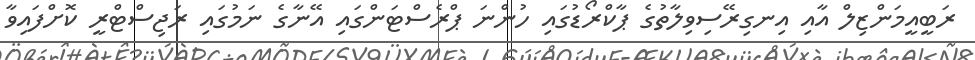
ރަބީއީމަންޒިލް އާއި އިނގިރޭސިވިލާތުގެ ޕާކްރޯޑުގައި ހުންނަ ޕްރެސްޓަންގައި އޭނާގެ ނަމުގައި ރަޖިސްޓްރީ ކޮށްފައިވާ